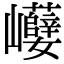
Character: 巕